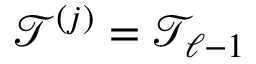
\mathcal T ^ { ( j ) } = \mathcal T _ { \ell - 1 }